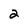
Character: 2